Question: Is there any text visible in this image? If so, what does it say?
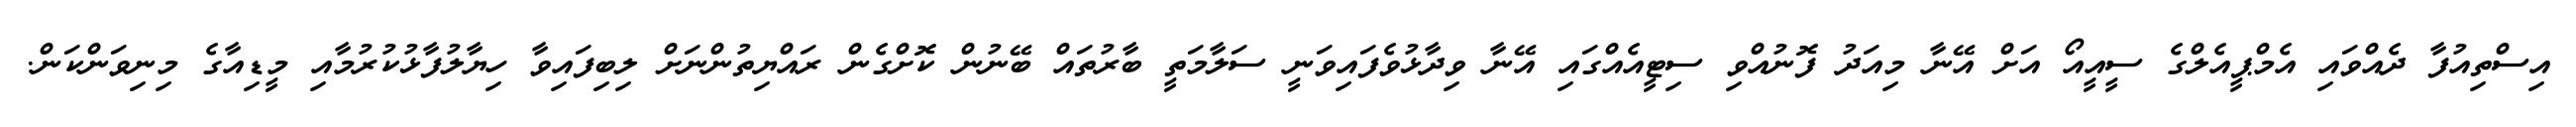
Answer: އިސްތިއުފާ ދެއްވައި އެމްޕީއެލްގެ ސީއީއޯ އަށް އޭނާ މިއަދު ފޮނުއްވި ސިޓީއެއްގައި އޭނާ ވިދާޅުވެފައިވަނީ ސަލާމަތީ ބާރުތައް ބޭނުން ކޮށްގެން ރައްޔިތުންނަށް ލިބިފައިވާ ހިޔާލުފާޅުކުރުމާއި މީޑިއާގެ މިނިވަންކަން.